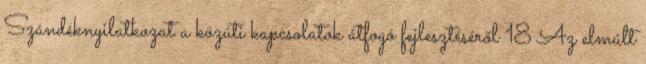
Szándéknyilatkozat a közúti kapcsolatok átfogó fejlesztéséről 18 Az elmúlt